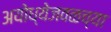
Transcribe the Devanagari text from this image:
अयोध्येजवळच्या